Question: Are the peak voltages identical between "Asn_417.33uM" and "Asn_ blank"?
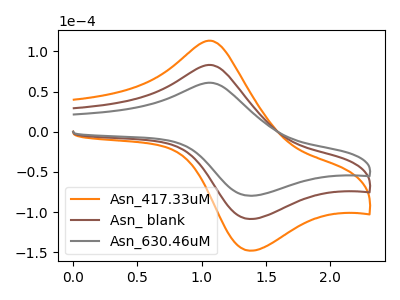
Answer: <think>The orange curve "Asn_417.33uM" has an anodic peak at (1.05V, 165.95uA) and a cathodic peak at (1.40V, -217.00uA). The brown curve "Asn_ blank" has an anodic peak at (1.05V, 83.00uA) and a cathodic peak at (1.40V, -108.50uA). The gray curve "Asn_630.46uM" has an anodic peak at (1.05V, 60.85uA) and a cathodic peak at (1.40V, -79.60uA).</think>
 <answer>Yes, "Asn_417.33uM" have a peak in "Asn_ blank" at the same potential.</answer>
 <eval>match</eval>